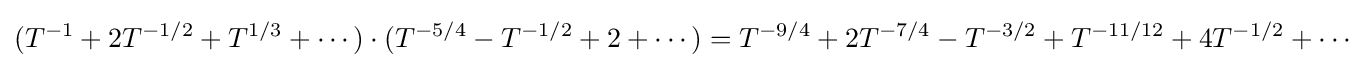
(T^{-1}+2T^{-1/2}+T^{1/3}+\cdots )\cdot (T^{-5/4}-T^{-1/2}+2+\cdots )=T^{-9/4}+2T^{-7/4}-T^{-3/2}+T^{-11/12}+4T^{-1/2}+\cdots